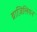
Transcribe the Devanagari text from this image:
ब्राज़िलियन